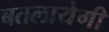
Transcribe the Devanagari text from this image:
बतलायेगी